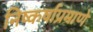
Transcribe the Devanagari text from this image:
निष्कर्षाप्रमाणे